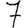
Digit: 7